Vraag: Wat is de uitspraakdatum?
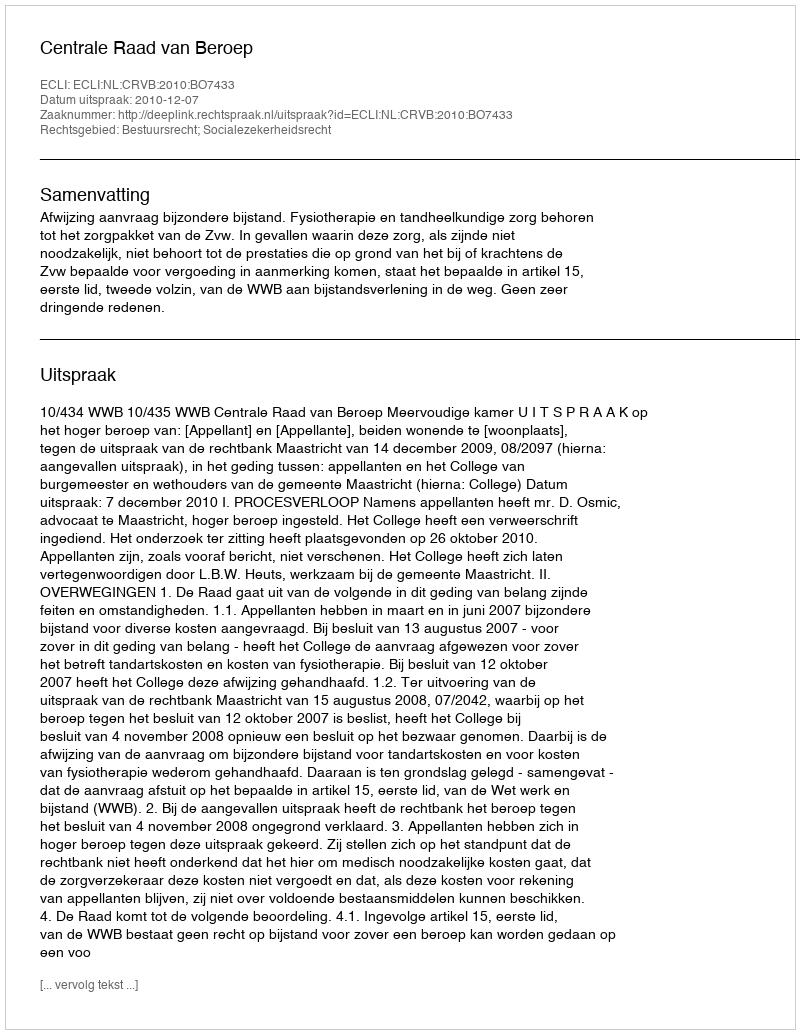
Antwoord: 2010-12-07